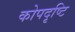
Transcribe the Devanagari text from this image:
कोपदृष्टि